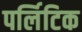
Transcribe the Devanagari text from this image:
पर्लिटिक